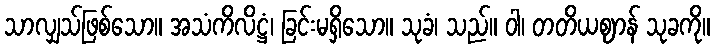
သာလျှသ်ဖြစ်သော။ အသံကိလိဋ္ဌံ၊ ခြင်းမရှိသော။ သုခံ၊ သည်။ ဝါ၊ တတိယဈာန် သုခကို။